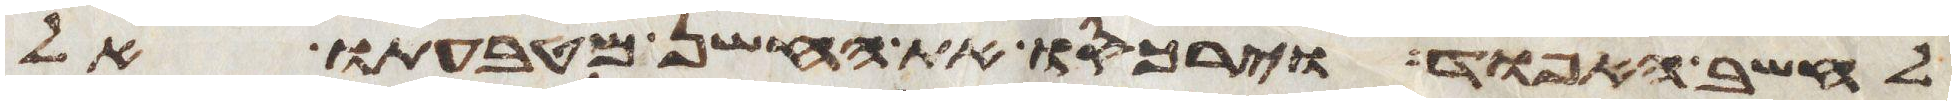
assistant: לחשב האפוד וירכסו את החשן מטבעתו אל